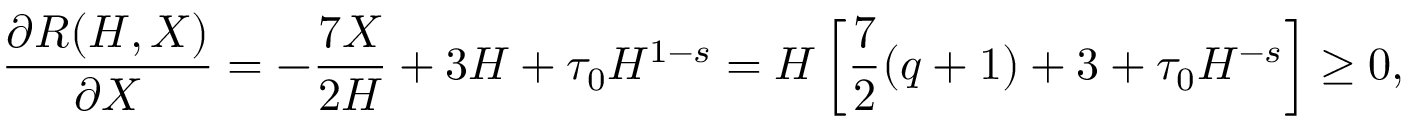
\frac { \partial R ( H , X ) } { \partial X } = - \frac { 7 X } { 2 H } + 3 H + \tau _ { 0 } H ^ { 1 - s } = H \left[ \frac 7 2 ( q + 1 ) + 3 + \tau _ { 0 } H ^ { - s } \right] \geq 0 ,